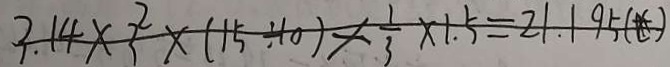
3 . 1 4 \times 3 ^ { 2 } \times ( 1 5 \div 1 0 ) \times \frac { 1 } { 3 } \times 1 . 5 = 2 1 . 1 9 5 ( \ast )